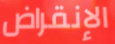
الإنقراض